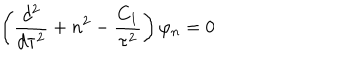
\left( { \frac { d ^ { 2 } } { d \tau ^ { 2 } } } + n ^ { 2 } - { \frac { C _ { 1 } } { \tau ^ { 2 } } } \right) \varphi _ { n } = 0